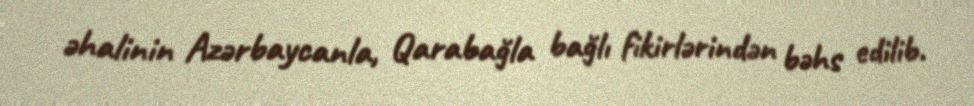
əhalinin Azərbaycanla, Qarabağla bağlı fikirlərindən bəhs edilib.